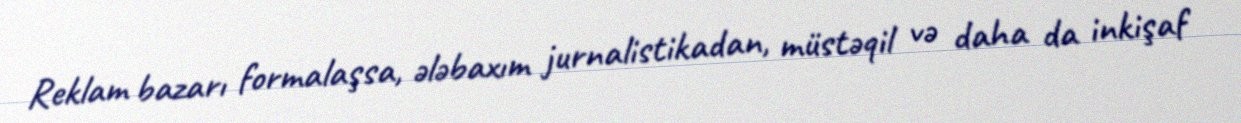
Reklam bazarı formalaşsa, ələbaxım jurnalistikadan, müstəqil və daha da inkişaf